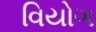
વિયોગ